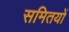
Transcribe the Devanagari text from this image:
समितयों